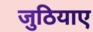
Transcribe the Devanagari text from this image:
जुठियाए